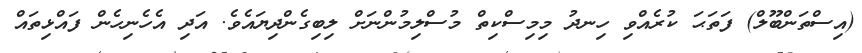
(އިސްތަންބޫލް) ފަތަޙަ ކުރެއްވި ހިނދު މިމިސްކިތް މުސްލިމުންނަށް ލިބިގެންދިޔައެވެ. އަދި އެހެނިހެން ފައްޅިތައް